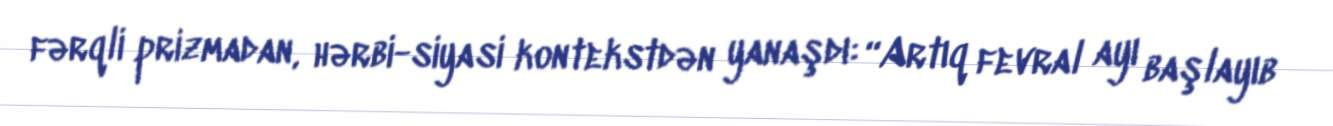
fərqli prizmadan, hərbi-siyasi kontekstdən yanaşdı: “Artıq fevral ayı başlayıb